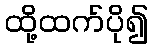
ထို့ထက်ပို၍